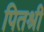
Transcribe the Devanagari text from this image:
पितश्री